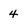
Character: 4